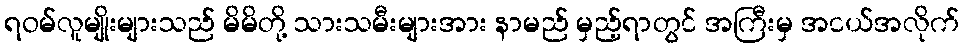
ရဝမ်လူမျိုးများသည် မိမိတို့ သားသမီးများအား နာမည် မှည့်ရာတွင် အကြီးမှ အငယ်အလိုက်